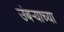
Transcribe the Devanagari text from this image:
उंबऱ्याच्या